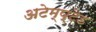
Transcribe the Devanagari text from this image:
अटेम्प्टेड